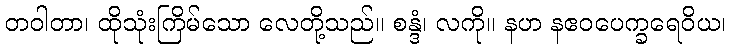
တဝါတာ၊ ထိုသုံးကြိမ်သော လေတို့သည်။ စန္ဒံ၊ လကို။ နဟ နဧဝပေက္ခရေဝိယ၊